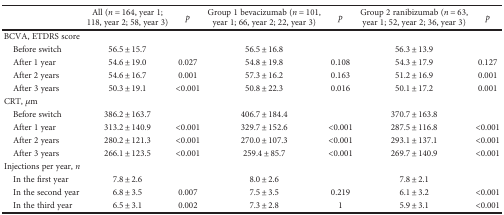
<table><thead><tr><td></td><td><b>All (<i>n</i> = 164, year 1; 118, year 2; 58, year 3)</b></td><td><b><i>p</i></b></td><td><b>Group 1 bevacizumab (<i>n</i> = 101, year 1; 66, year 2; 22, year 3)</b></td><td><b><i>p</i></b></td><td><b>Group 2 ranibizumab (<i>n</i> = 63, year 1; 52, year 2; 36, year 3)</b></td><td><b><i>p</i></b></td></tr></thead><tbody><tr><td colspan="7">BCVA, ETDRS score</td></tr><tr><td> Before switch</td><td>56.5 ± 15.7</td><td></td><td>56.5 ± 16.8</td><td></td><td>56.3 ± 13.9</td><td></td></tr><tr><td> After 1 year</td><td>54.6 ± 19.0</td><td>0.027</td><td>54.8 ± 19.8</td><td>0.108</td><td>54.3 ± 17.9</td><td>0.127</td></tr><tr><td> After 2 years</td><td>54.6 ± 16.7</td><td>0.001</td><td>57.3 ± 16.2</td><td>0.163</td><td>51.2 ± 16.9</td><td>0.001</td></tr><tr><td> After 3 years</td><td>50.3 ± 19.1</td><td>&lt;0.001</td><td>50.8 ± 22.3</td><td>0.016</td><td>50.1 ± 17.2</td><td>0.001</td></tr><tr><td colspan="7">CRT, <i>μ</i>m</td></tr><tr><td> Before switch</td><td>386.2 ± 163.7</td><td></td><td>406.7 ± 184.4</td><td></td><td>370.7 ± 163.8</td><td></td></tr><tr><td> After 1 year</td><td>313.2 ± 140.9</td><td>&lt;0.001</td><td>329.7 ± 152.6</td><td>&lt;0.001</td><td>287.5 ± 116.8</td><td>&lt;0.001</td></tr><tr><td> After 2 years</td><td>280.2 ± 121.3</td><td>&lt;0.001</td><td>270.0 ± 107.3</td><td>&lt;0.001</td><td>293.1 ± 137.1</td><td>&lt;0.001</td></tr><tr><td> After 3 years</td><td>266.1 ± 123.5</td><td>&lt;0.001</td><td>259.4 ± 85.7</td><td>&lt;0.001</td><td>269.7 ± 140.9</td><td>&lt;0.001</td></tr><tr><td colspan="7">Injections per year, <i>n</i></td></tr><tr><td> In the first year</td><td>7.8 ± 2.6</td><td></td><td>8.0 ± 2.6</td><td></td><td>7.8 ± 2.1</td><td></td></tr><tr><td> In the second year</td><td>6.8 ± 3.5</td><td>0.007</td><td>7.5 ± 3.5</td><td>0.219</td><td>6.1 ± 3.2</td><td>&lt;0.001</td></tr><tr><td> In the third year</td><td>6.5 ± 3.1</td><td>0.002</td><td>7.3 ± 2.8</td><td>1</td><td>5.9 ± 3.1</td><td>&lt;0.001</td></tr></tbody></table>